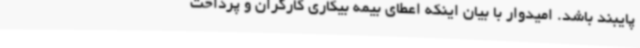
پایبند باشد. امیدوار با بیان اینکه اعطای بیمه بیکاری کارگران و پرداخت